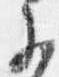
不